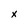
Character: x